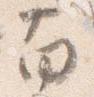
南